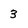
Character: 3